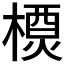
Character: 𬄇